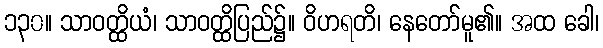
၁၃၀။ သာဝတ္ထိယံ၊ သာဝတ္ထိပြည်၌။ ဝိဟရတိ၊ နေတော်မူ၏။ အထ ခေါ၊